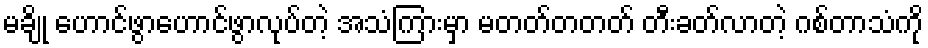
မချို ဟောင်ဖွာဟောင်ဖွာလုပ်တဲ့ အသံကြားမှာ မတတ်တတတ် တီးခတ်လာတဲ့ ဂစ်တာသံကို